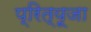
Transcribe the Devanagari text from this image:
प्रित्यूजा